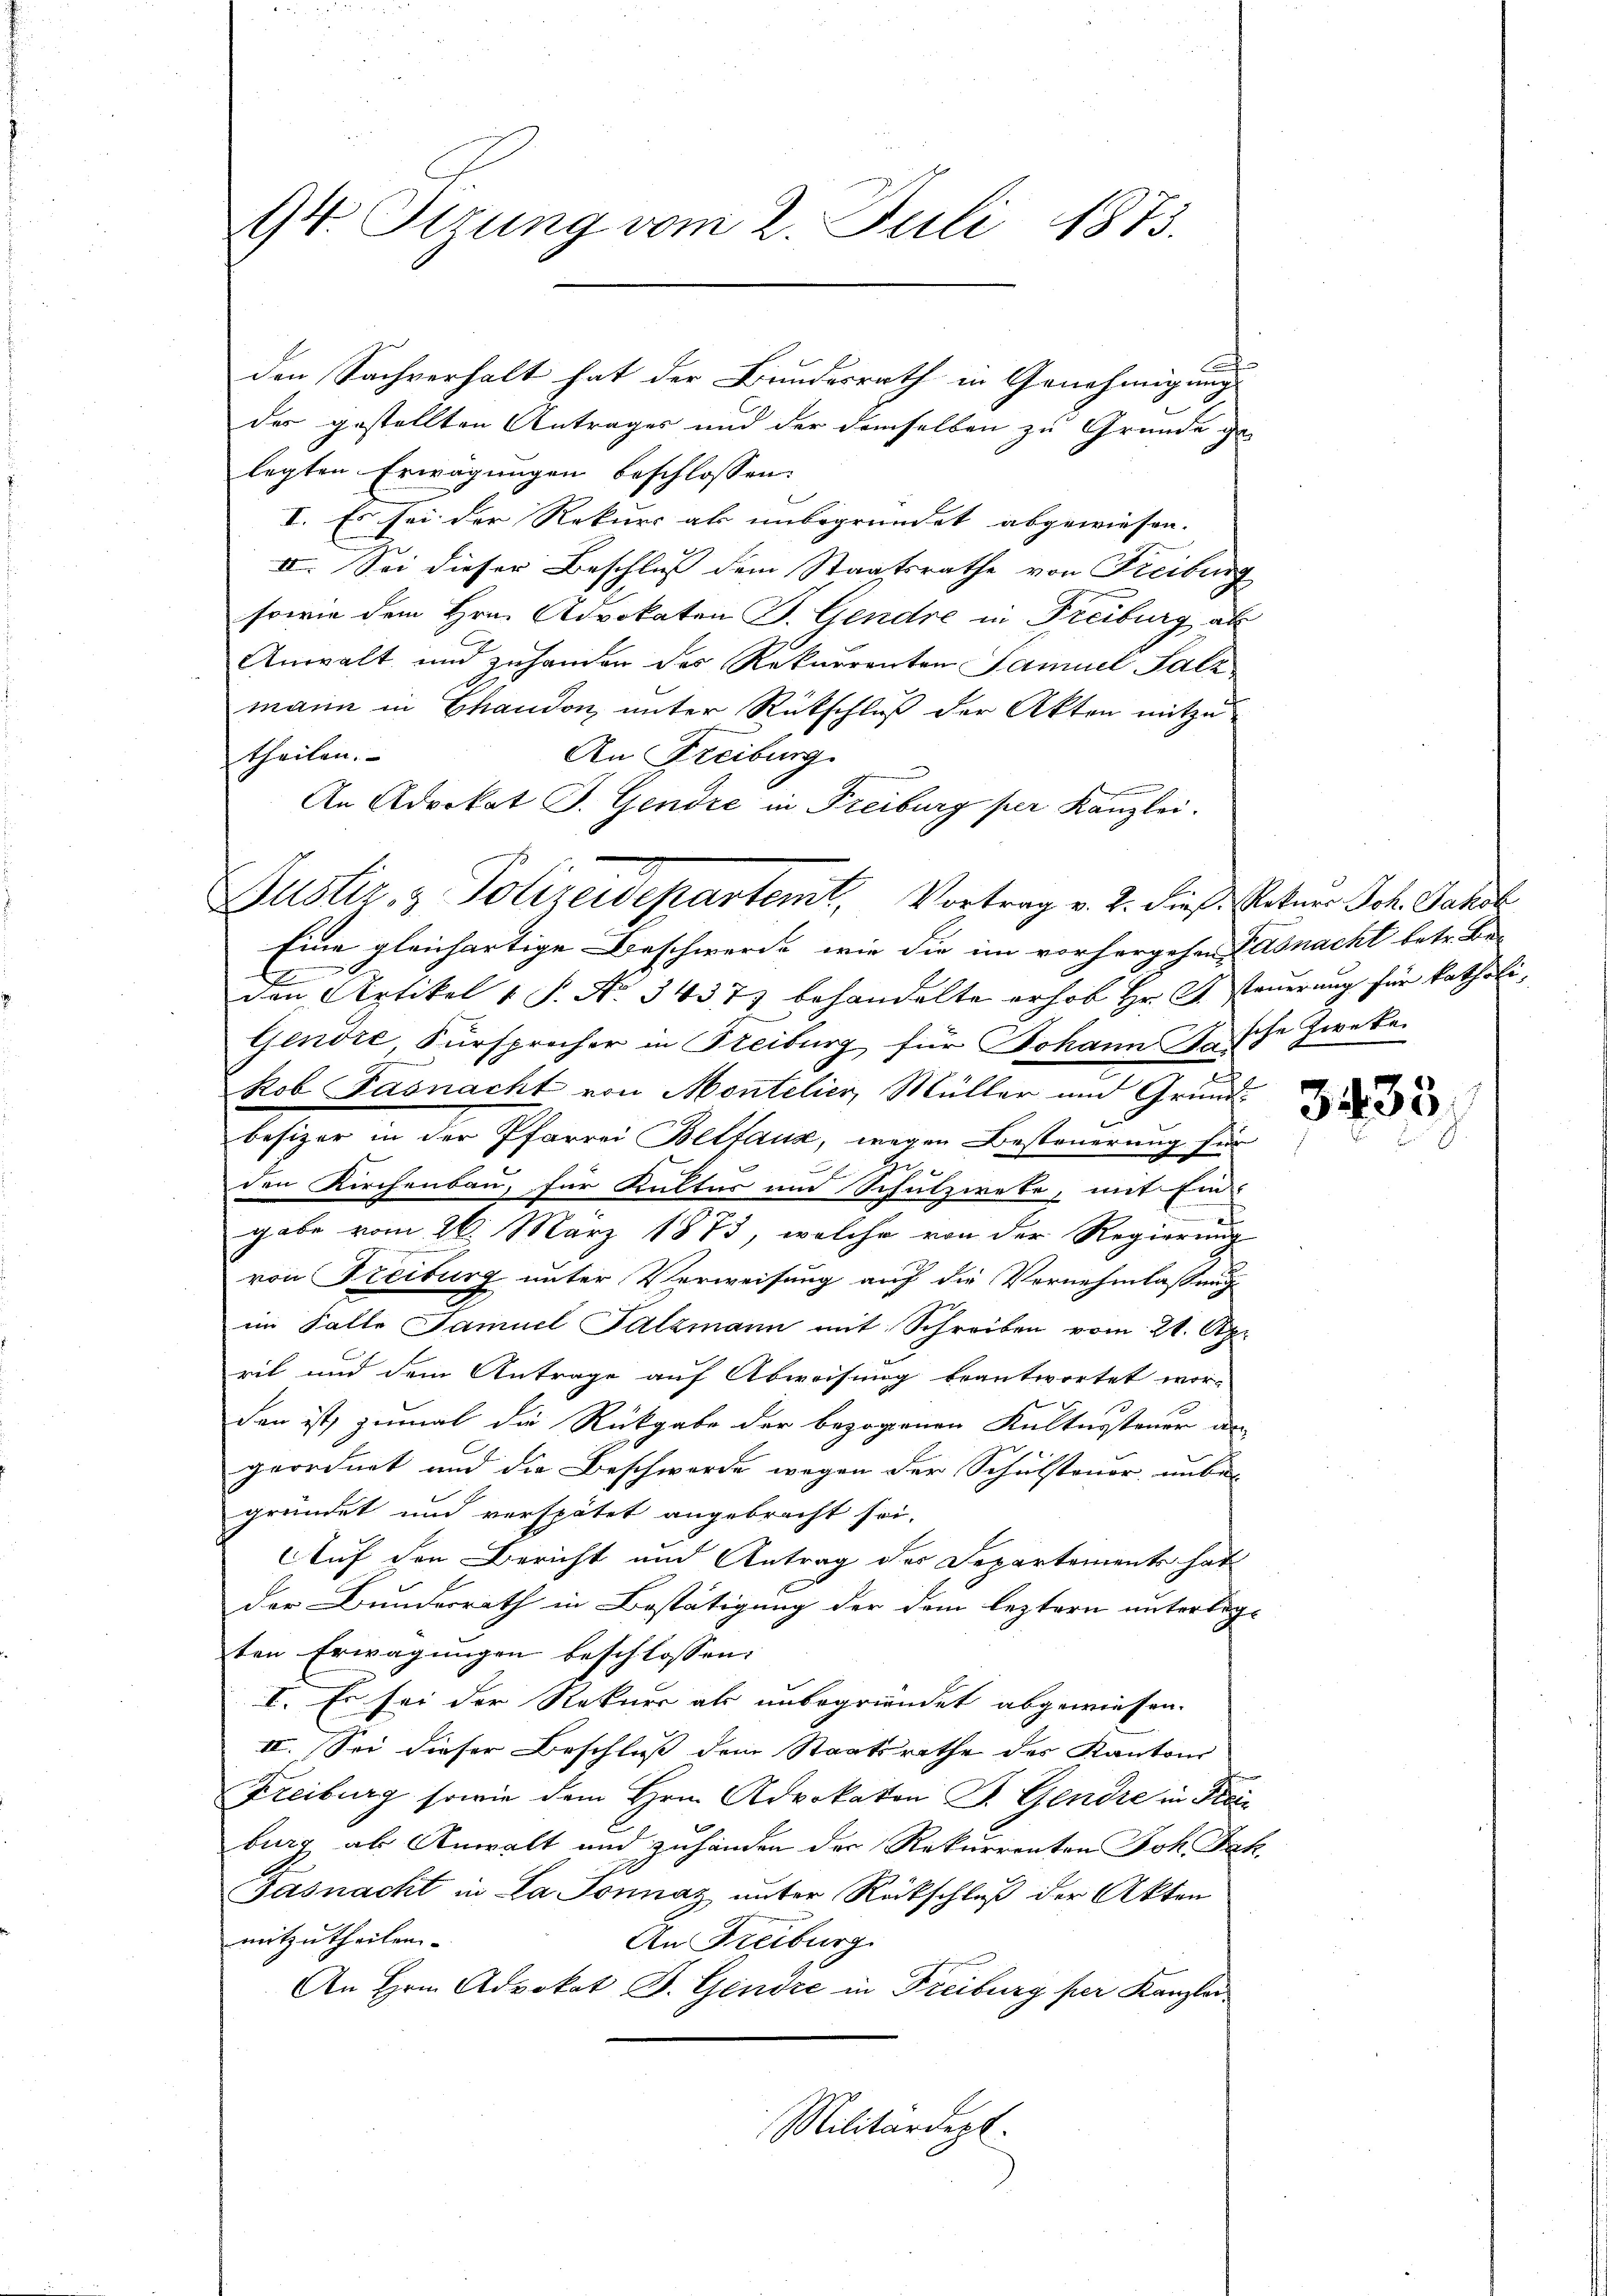
94. Sitzung vom 2. Juli 1873.

der gestellten Antrages und der demselben zu Grunde ge
legten Erwägungen beschlossen:
I. Es sei der Rekurs als unbegründet abgewiesen.
II. Sei dieser Beschluss dem Staatsrathe von Freibung
sowie dem Hrn. Advokaten P. Gendre in Freiburg als
Anwalt und zuhanden des Rekurrenten Samuel Salz
mann in Chaudon, unter Rückschluß der Akten mitzu
An Freiburg.
theilen.
An Advokat J. Gendre in Freiburg per Kanzlei.
Eine gleichartige Beschwerde, wie die im vorhergehen Basnacht betr. Be-
den Artikel 1 S. Nr. 3437) behandelte erhob Hr. J. steuerung für katholi¬
Gendre Fürsprocher in Freiburg, für Johann fasche Zweken
kob Pasnacht von Montelier, Müller und Grund-
besizer in der Pfarrei Bltfaux, wegen Besteuerung für
x

den Kirchenbau, für Kultur und Schulzweke, mit Ein-
gabe vom 26. März 1873, welche von der Regierung
von Freiburg unter Verweisung auf die Vornehmlassung
im Falle Samuel Salzmann mit Schreiben vom 21. Apr
rit und dem Antrage auf Abweisung beantwortet wor-
den ist, zumal die Rückgabe der bezogenen Kultursteuer an
.
geordnet und die Beschwerde wegen der Schulstenor unbe-
gründet und verspätet angebracht sei.
Auf den Bericht und Antrag des Separtement hat
der Bunderrath in Bestätigung der dem leztern unterlegten Erwägungen beschlossen:
I. Es sei der Rekurs als unbegründet abgewiesen.
II. Sei dieser Beschluss dem Staatsrathe des Kantons
Freiburg sowie dem Hrn. Advokaton P. Gendre in Frei
burg als Anwalt und zuhänden der Rekurrenten Joh. Jak.
Gasnacht in La donnaz unter Rückschluß der Akten
mitzutheilen.
An Freiburg.
An Hrn. Advokat J. Gendre in Freiburg per Kanzlei
Militärdept.

den Sachverhalt hat der Bundesrath in Genehmigung

Justiz- & Polizeidepartem Vortrag v. 2. dieß. Vaters Joh. Gandl

3433.